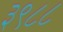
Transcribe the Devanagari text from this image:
३९८८